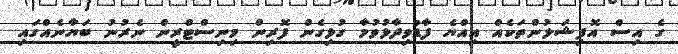
ގެ އިސް އޮފިޝަލުންތަކެއް އިއްޔެ ފާޑުވިދާޅުވުމާ ގުޅިގެން ފޮރިން މިިނިސްޓްރީން ނެރުނު ބަޔާނެއްގައި